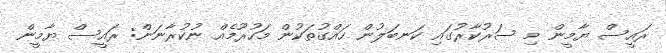
ރައީސް ޔާމީން މި ސަރުކާރުގައި ކަނބަލުން ހައްގުތަކުން މަހުރޫމެއް ނުކުރާނަން: ރައީސް ޔާމީން